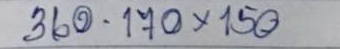
360 - 170 x 150